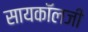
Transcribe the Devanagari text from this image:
सायकॉलजी